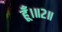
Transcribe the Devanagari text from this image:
हूँ।॥२॥